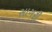
સાગરી